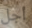
أجل